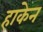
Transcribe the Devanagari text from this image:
हाकेन